King Institute of Preventive Medicine Micro-Biological Section reports 1909-11
Year: 1909
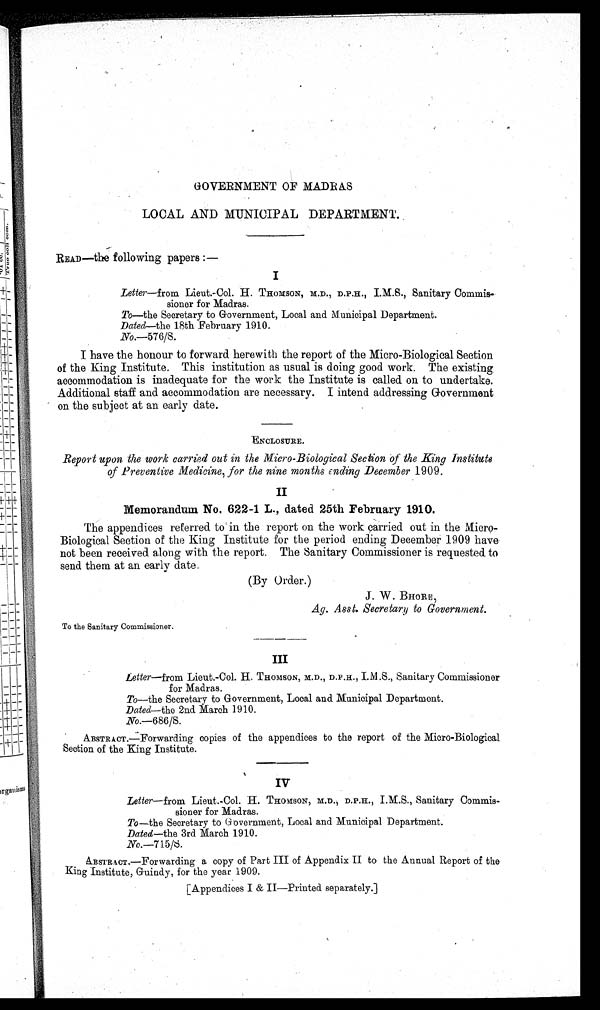
GOVERNMENT OF MADRAS
LOCAL AND MUNICIPAL DEPARTMENT..
READ—the following papers :—
Letter—from Lieut.-Col. H. THOMSON, M.D., D.P.H., I.M.S., Sanitary Commis-
sioner for Madras.
To—the Secretary to Government, Local and Municipal Department.
Dated—the 18th February 1910.
No.-576/S.
I have the honour to forward herewith the report of the Micro-Biological Section
of the King Institute. This institution as usual is doing good work. The existing.
accommodation is inadequate for the work the Institute is called on to undertake.
Additional staff and accommodation are necessary. I intend addressing Government
on the subject at an early date.
'ENCLOSURE.
Report upon the work carried out in the Micro-Biological Section of the King Institute
of Preventive Medicine, for the nine months ending December 1909.
IT
Memorandum No. 622-1 L., dated 25th February 1910.
The appendices referred to' in the report on the work carried out in the Micro-
Biological Section of the King Institute for the period ending December 1909 have
not been received along with the report. The Sanitary Commissioner is requested to
send them at an early date.
(By Order.)
J. W. BHORE
.fig. Asst. Secretary to Government.
To the Sanitary Commissioner.
III
Letter—from Lieut.-Col. H. THOMSON, M.D., D.P.H.,
.S., Sanitary Commissioner
for Madras.
To—the Secretary to Government, Local and Municipal Department.
Dated—the 2nd March 1910.
No.-686/S.
ABSTRACT.-Forwarding copies of the appendices to the report of the Micro-Biological
Section of the King Institute.
Iv
Letter—from Lieut.-Col. H. THOMSON, M.D., D.P.H., I.M.S., Sanitary Commis-
sioner for Madras.
To—the Secretary to Government, Local and Municipal Department.
Dated—the 3rd March 1910.
No.-715/8.
ABSTRACT.—Forwarding a copy of Part III of Appendix II to the Annual Report of the
King Institute, Guindy, for the year 1909.
[Appendices I & II—Printed separately.]